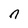
Character: n